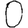
Digit: 0